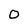
Character: 0